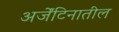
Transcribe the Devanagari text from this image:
अर्जेंटिनातील